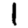
Digit: 1